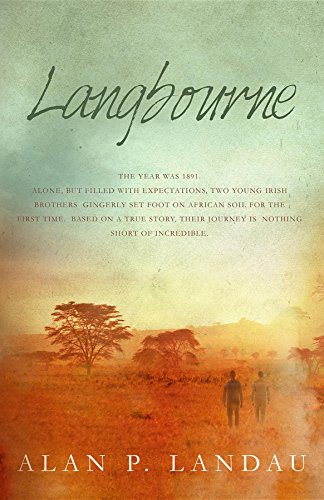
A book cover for Langbourne; Alan P Landau; Teen & Young Adult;